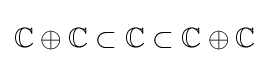
\mathbb {C} \oplus \mathbb {C} \subset \mathbb {C} \subset \mathbb {C} \oplus \mathbb {C}